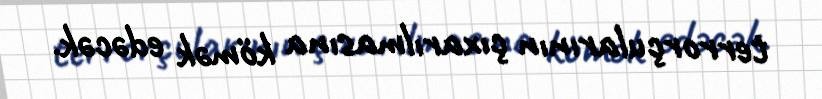
terrorçularının çıxarılmasına kömək edəcək.